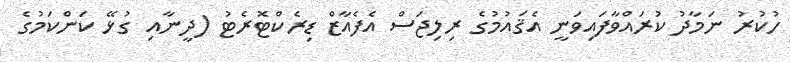
ހުކުރު ނަމާދު ކުރައްވާފައިވަނީ އެޤައުމުގެ ރިލިޖަސް އެފެއާޒް ޑިރެކްޓޮރެޓު (ދީނާއި ގުޅޭ ކަންކަމުގެ